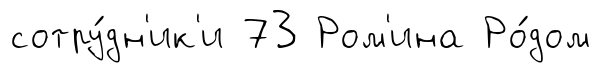
сотру́дн'ик'и 73 Ром'ина Ро́дом